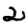
Digit: 2